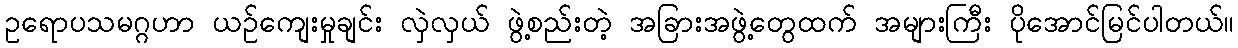
ဥရောပသမဂ္ဂဟာ ယဉ်ကျေးမှုချင်း လှဲလှယ် ဖွဲ့စည်းတဲ့ အခြားအဖွဲ့တွေထက် အများကြီး ပိုအောင်မြင်ပါတယ်။